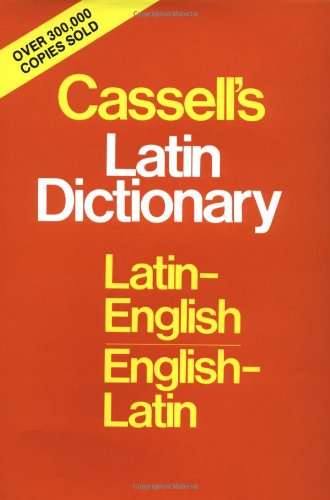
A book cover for Cassell's Standard Latin Dictionary, Thumb-indexed; D. P Simpson; Reference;